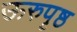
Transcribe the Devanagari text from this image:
ऊरुपृष्ठ